Civil Veterinary Department Bihar reports 1936-40 - 1936-1940
Year: 1936
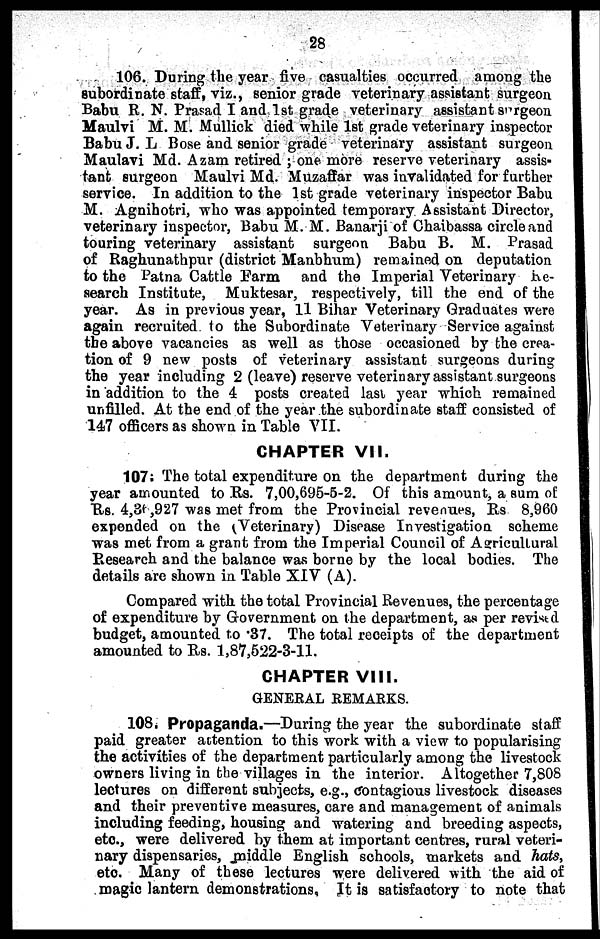
28
106. During the year five casualties occurred among the
subordinate staff, viz., senior grade veterinary assistant surgeon
Babu R. N. Prasad I and 1st grade veterinary assistant surgeon
Maulvi M. M. Mullick died while 1st grade veterinary inspector
Babu J. L Bose and senior grade veterinary assistant surgeon
Maulavi Md. Azam retired; one more reserve veterinary assis-
tant surgeon Maulvi Md. Muzaffar was invalidated for further
service. In addition to the 1st grade veterinary inspector Babu
M. Agnihotri, who was appointed temporary Assistant Director,
veterinary inspector, Babu M. M. Banarji of Chaibassa circle and
touring veterinary assistant surgeon Babu B. M. Prasad
of Raghunathpur (district Manbhum) remained on deputation
to the Patna Cattle Farm and the Imperial Veterinary he-
search Institute, Muktesar, respectively, till the end of the
year. As in previous year, 11 Bihar Veterinary Graduates were
again recruited to the Subordinate Veterinary Service against
the above vacancies as well as those occasioned by the crea-
tion of 9 new posts of veterinary assistant surgeons during
the year including 2 (leave) reserve veterinary assistant surgeons
in addition to the 4 posts created last year which remained
unfilled. At the end of the year the subordinate staff consisted of
147 officers as shown in Table VII.
CHAPTER VII.
107; The total expenditure on the department during the
year amounted to Rs. 7,00,695-5-2. Of this amount, a sum of
Rs. 4,36,927 was met from the Provincial revenues, Rs 8,960
expended on the (Veterinary) Disease Investigation scheme
was met from a grant from the Imperial Council of Agricultural
Research and the balance was borne by the local bodies. The
details are shown in Table XIV (A).
Compared with the total Provincial Revenues, the percentage
of expenditure by Government on the department, as per revised
budget, amounted to .37. The total receipts of the department
amounted to Rs. 1,87,522-3-11.
CHAPTER VIII.
GENERAL REMARKS.
108. Propaganda.—During the year the subordinate staff
paid greater attention to this work with a view to popularising
the activities of the department particularly among the livestock
owners living in the villages in the interior. Altogether 7,808
lectures on different subjects, e.g., contagious livestock diseases
and their preventive measures, care and management of animals
including feeding, housing and watering and breeding aspects,
etc., were delivered by them at important centres, rural veteri-
nary dispensaries, middle English schools, markets and hats,
etc. Many of these lectures were delivered with the aid of
magic lantern demonstrations, It is satisfactory to note that